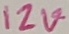
Text: 12V